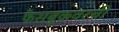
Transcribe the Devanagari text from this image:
फेसबुकवरची